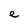
Character: e